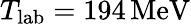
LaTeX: T_{\mathrm{lab}}=194\, \mathrm{MeV}